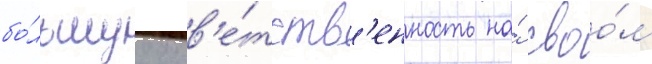
бо́льшуу отв'е́тств'енность на́ своо́м